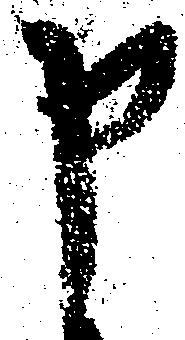
申